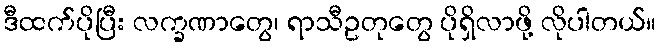
ဒီထက်ပိုပြီး လက္ခဏာတွေ၊ ရာသီဥတုတွေ ပိုရှိလာဖို့ လိုပါတယ်။